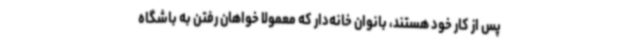
پس از کار خود هستند، بانوان خانه‌دار که معمولا خواهان رفتن به باشگاه